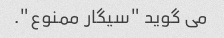
می گوید "سیگار ممنوع".